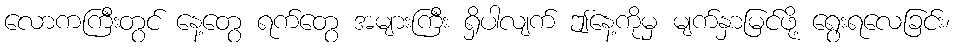
လောကကြီးတွင် နေ့တွေ ရက်တွေ အများကြီး ရှိပါလျက် ဤနေ့ကိုမှ မျက်နှာမြင်ဖို့ ရွေးရလေခြင်း၊